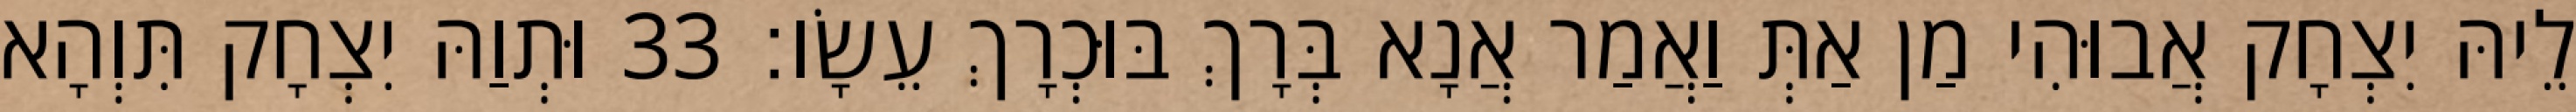
לֵיהּ יִצְחָק אֲבוּהִי מַן אַתְּ וַאֲמַר אֲנָא בְּרָךְ בּוּכְרָךְ עֵשָׂו׃ 33 וּתְוַהּ יִצְחָק תִּוְהָא